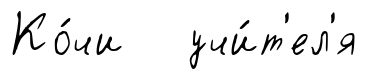
Ко́чи учи́т'ел'я